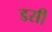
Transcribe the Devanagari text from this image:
डसी